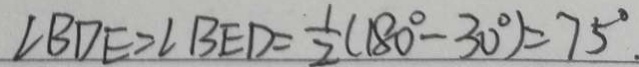
\angle B D E = \angle B E D = \frac { 1 } { 2 } ( 1 8 0 ^ { \circ } - 3 0 ^ { \circ } ) = 7 5 ^ { \circ } .